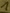
Text: 1